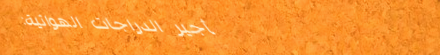
تأجير الدراجات الهوائية: